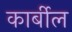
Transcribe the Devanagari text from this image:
कार्बील